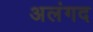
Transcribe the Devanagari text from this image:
अलंगद